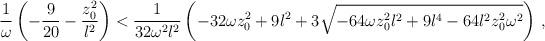
LaTeX: \begin{align*}{1 \over \omega} \left( -{9\over {20}} - {{z_0 ^2}\over l^2} \right)< {1 \over {32 \omega^2 l^2}} \left( -32 \omega z_0 ^2 + 9l^2+ 3 \sqrt{-64\omega z_0 ^2 l^2 + 9l^4 - 64 l^2 z_0 ^2 \omega ^2}\right) \, ,\end{align*}